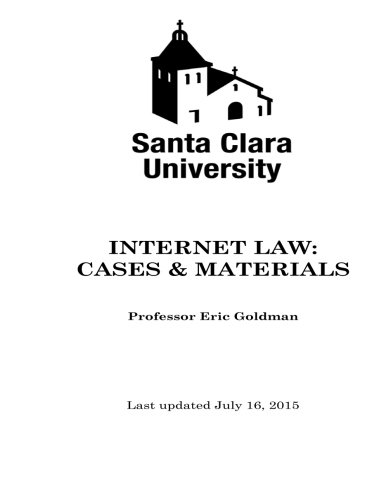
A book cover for Internet Law Cases & Materials (2015); Eric Goldman; Computers & Technology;